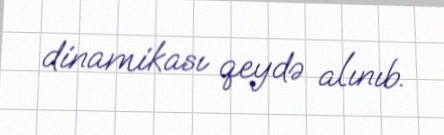
dinamikası qeydə alınıb.